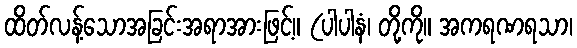
ထိတ်လန့်သောအခြင်းအရာအားဖြင့်။ (ပါပါနံ၊ တို့ကို။ အကရဏရသာ၊